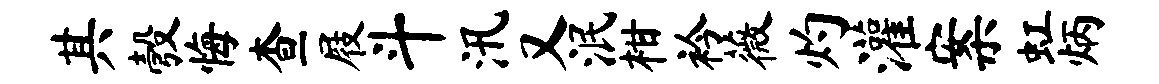
其彀悔查屐斗汛又泯柑衿薇灼灌案虹炳